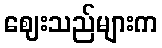
ဈေးသည်များက